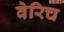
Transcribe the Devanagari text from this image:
वेरिच